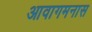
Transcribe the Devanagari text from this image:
आवागमनास